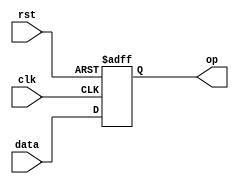
//Parallel in and Parallel out

module PIPO(data,clk,rst,op);
  input clk,rst;
  input [7:0] data;
  output reg[7:0] op;
  always@(posedge clk or posedge rst)
    begin
      if(rst)
        op=8'b00000000;
      else
        op=data;
    end
endmodule